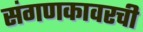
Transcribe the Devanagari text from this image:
संगणकावरची